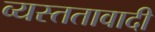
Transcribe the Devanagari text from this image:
व्यस्ततावादी